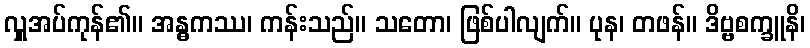
လှူအပ်ကုန်၏။ အန္ဓကဿ၊ ကန်းသည်။ သတော၊ ဖြစ်ပါလျက်။ ပုန၊ တဖန်။ ဒိဗ္ဗစက္ခူနိ၊